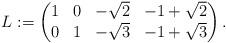
LaTeX: \begin{align*}L := \left(\begin{matrix}1 & 0 & -\sqrt{2} & -1 + \sqrt{2} \\0 & 1 & -\sqrt{3} & -1 + \sqrt{3}\end{matrix} \right).\end{align*}